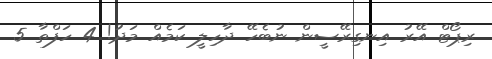
ރިޕޯޓް އޭރު އިނގިރޭސީން ނުބެހޭ ދާހިލީ ކަމެެއް މަދު! 4 ހަފްތާ 5